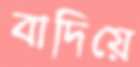
বাদিয়ে